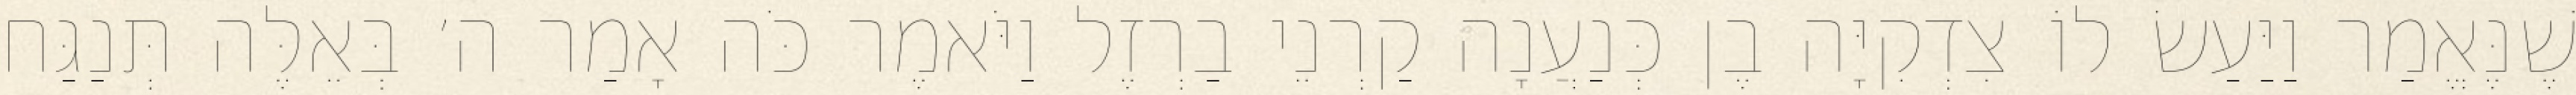
שֶׁנֶּאֱמַר וַיַּעַשׂ לוֹ צִדְקִיָּה בֶן כְּנַעֲנָה קַרְנֵי בַרְזֶל וַיֹּאמֶר כֹּה אָמַר ה׳ בְּאֵלֶּה תְּנַגַּח